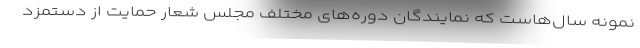
نمونه سال‌هاست که نمایندگان دوره‌های مختلف مجلس شعار حمایت از دستمزد